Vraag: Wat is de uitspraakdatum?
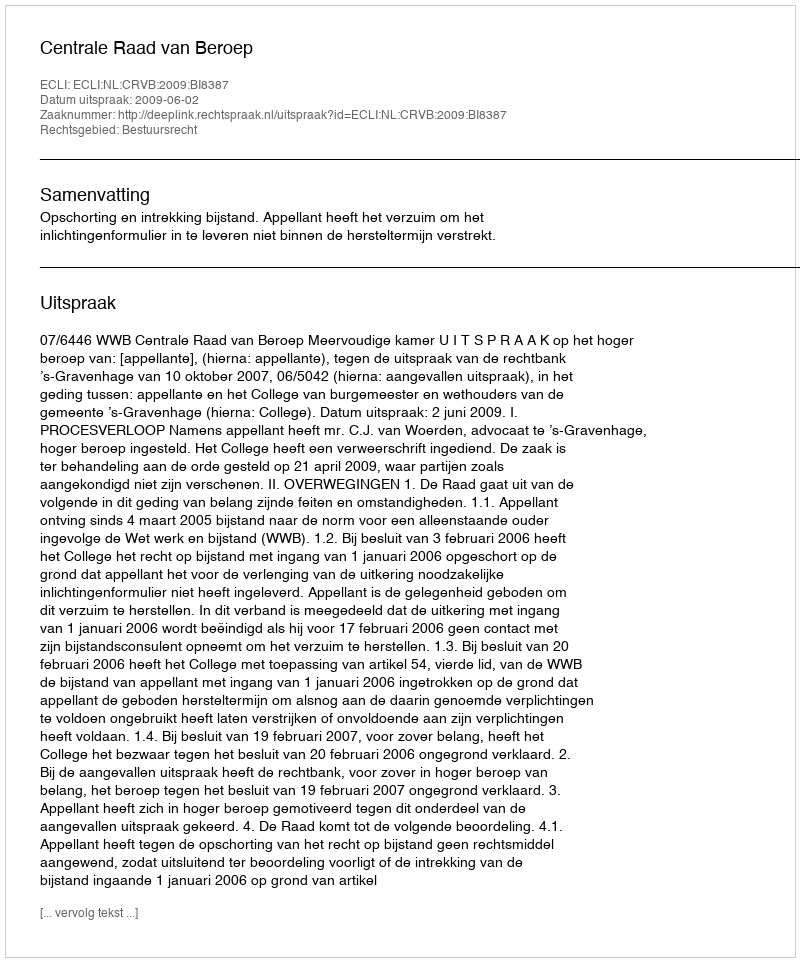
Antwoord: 2009-06-02